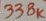
Text: 338K